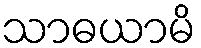
သာဓယာမိ